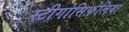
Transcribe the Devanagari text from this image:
स्टीगोसिफ़ेलिया